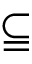
\subseteqq